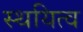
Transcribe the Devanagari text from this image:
स्थयित्व